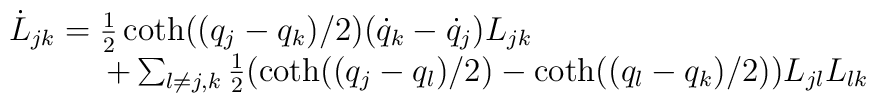
\begin{array}{l}\dot L_{jk}=\frac{1}{2}\coth((q_{j}-q_{k})/2)(\dot q_{k}-\dot q_{j})L_{jk}\\\quad\quad\quad+\sum_{l\neq j,k}\frac{1}{2} (\coth((q_{j}-q_{l})/2)-\coth((q_{l}-q_{k})/2))L_{jl}L_{lk}\end{array}